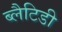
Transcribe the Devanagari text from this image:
ब्लैटिडी